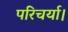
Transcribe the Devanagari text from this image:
परिचर्या।